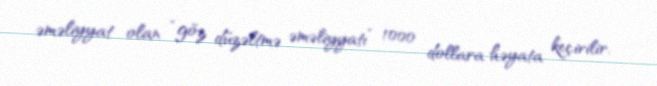
əməliyyat olan “göz düzəltmə əməliyyatı” 1000 dollara həyata keçirilir.